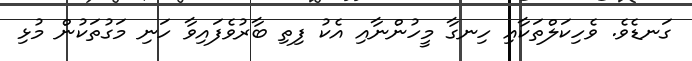
ގަނޑެވެ. ވެހިކަލްތަކާއި ހިނގާ މީހުންނާއި އެކު ފިތި ބާރުވެފައިވާ ހަނި މަގުތަކުން މުޅި